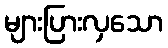
များပြားလှသော